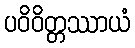
ပဝိဝိတ္တဿာယံ